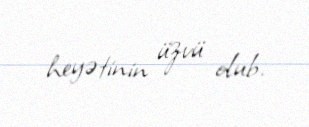
heyətinin üzvü olub.